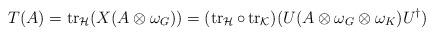
LaTeX: \begin{align*}T(A)=\operatorname{tr}_{\mathcal H}(X(A\otimes\omega_G))=(\operatorname{tr}_{\mathcal H}\circ\operatorname{tr}_{\mathcal K})(U(A\otimes \omega_G\otimes\omega_K)U^\dagger)\end{align*}